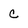
Character: C